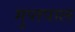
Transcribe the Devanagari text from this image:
गुप्तपाल